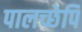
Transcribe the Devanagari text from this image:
पालच्छेपि